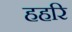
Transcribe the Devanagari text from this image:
हहरि